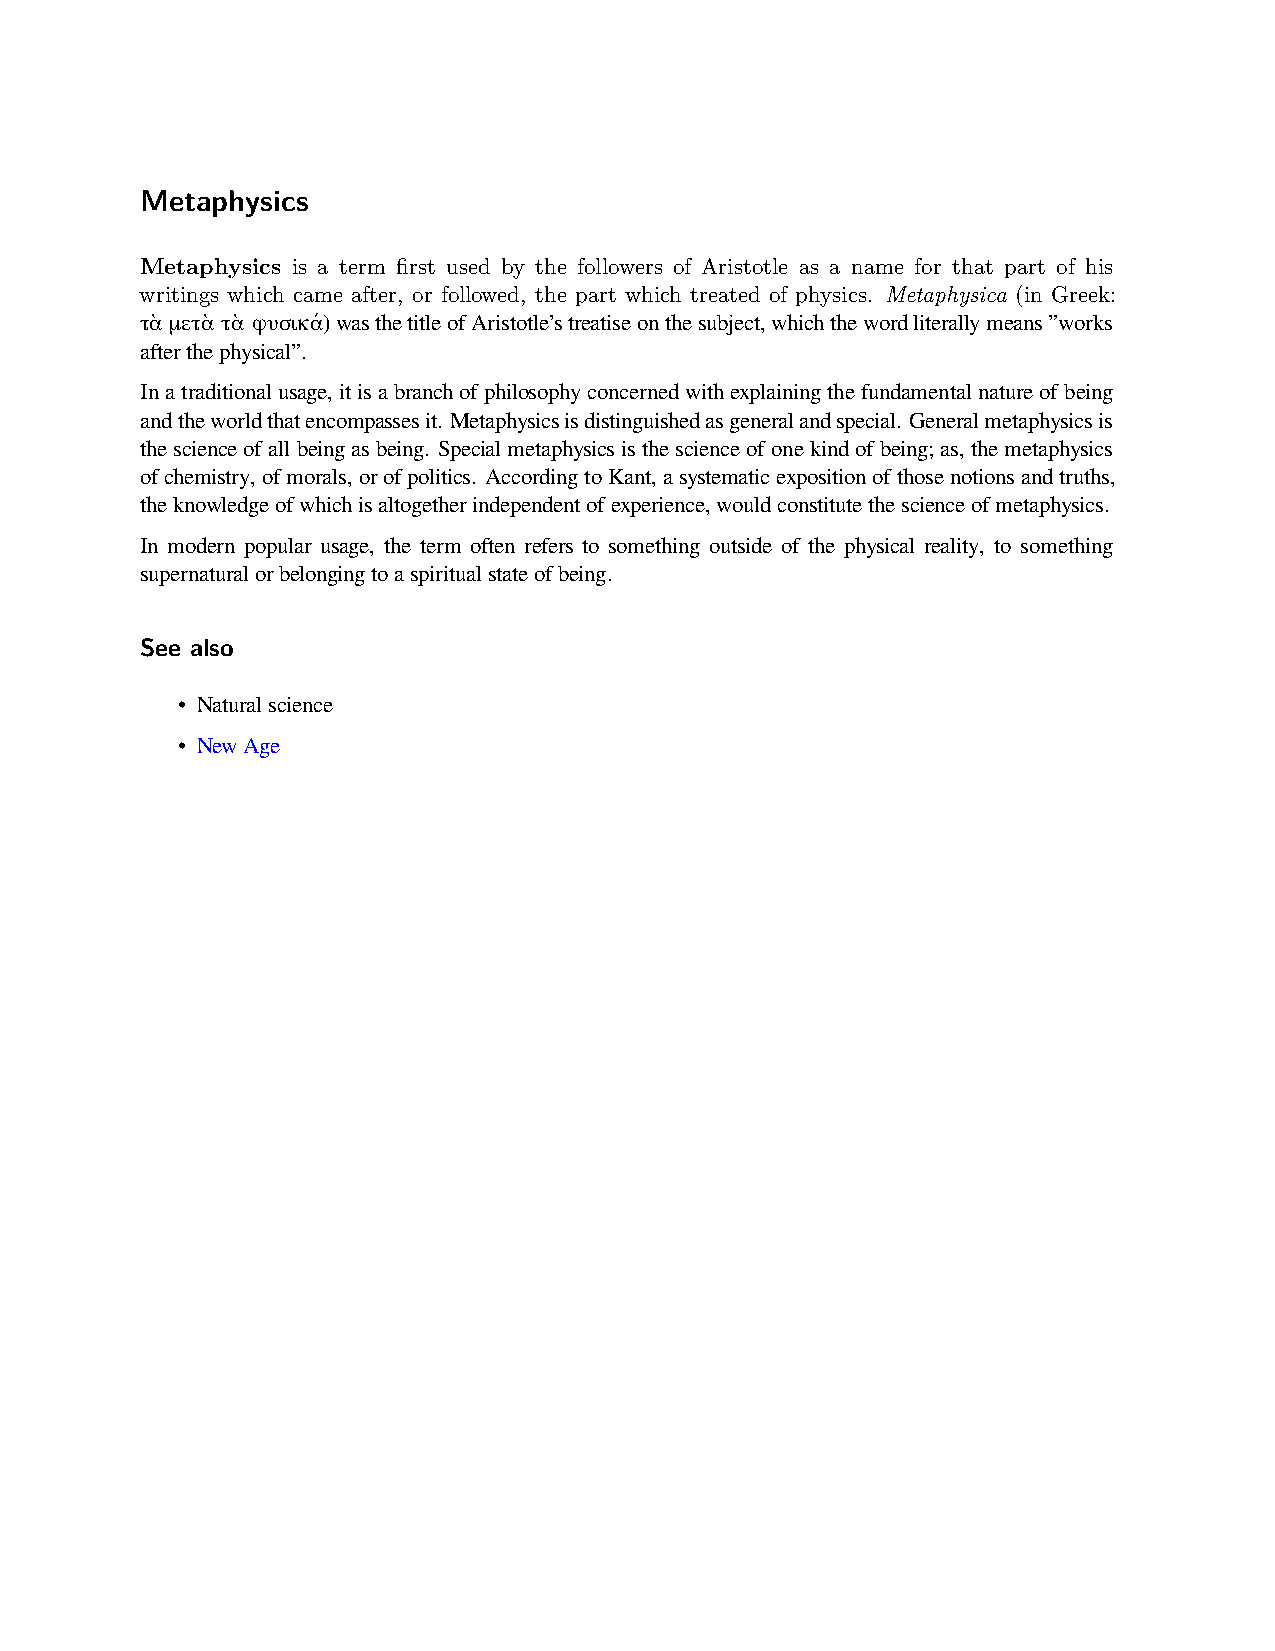
Metaphysics
 Metaphysics is a term first used by the followers of Aristotle as a name for that part of his
 writings which came after, or followed, the part which treated of physics. Metaphysica (in Greek:
 τὰ μετὰ τὰ φυσικά)wasthetitleofAristotle’streatiseonthesubject,whichthewordliterallymeans”works
 afterthephysical”.
 Inatraditionalusage,itisabranchofphilosophyconcernedwithexplainingthefundamentalnatureofbeing
 andtheworldthatencompassesit. Metaphysicsisdistinguishedasgeneralandspecial. Generalmetaphysicsis
 thescienceofallbeingasbeing. Specialmetaphysicsisthescienceofonekindofbeing;as,themetaphysics
 ofchemistry,ofmorals,orofpolitics. AccordingtoKant,asystematicexpositionofthosenotionsandtruths,
 theknowledgeofwhichisaltogetherindependentofexperience,wouldconstitutethescienceofmetaphysics.
 In modern popular usage, the term often refers to something outside of the physical reality, to something
 supernaturalorbelongingtoaspiritualstateofbeing.
 See also
 • Naturalscience
 • NewAge